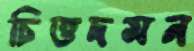
চিত্তদমন